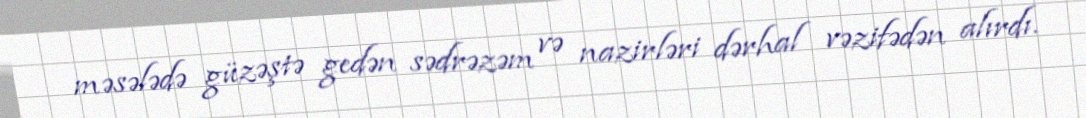
məsələdə güzəştə gedən sədrəzəm və nazirləri dərhal vəzifədən alırdı.